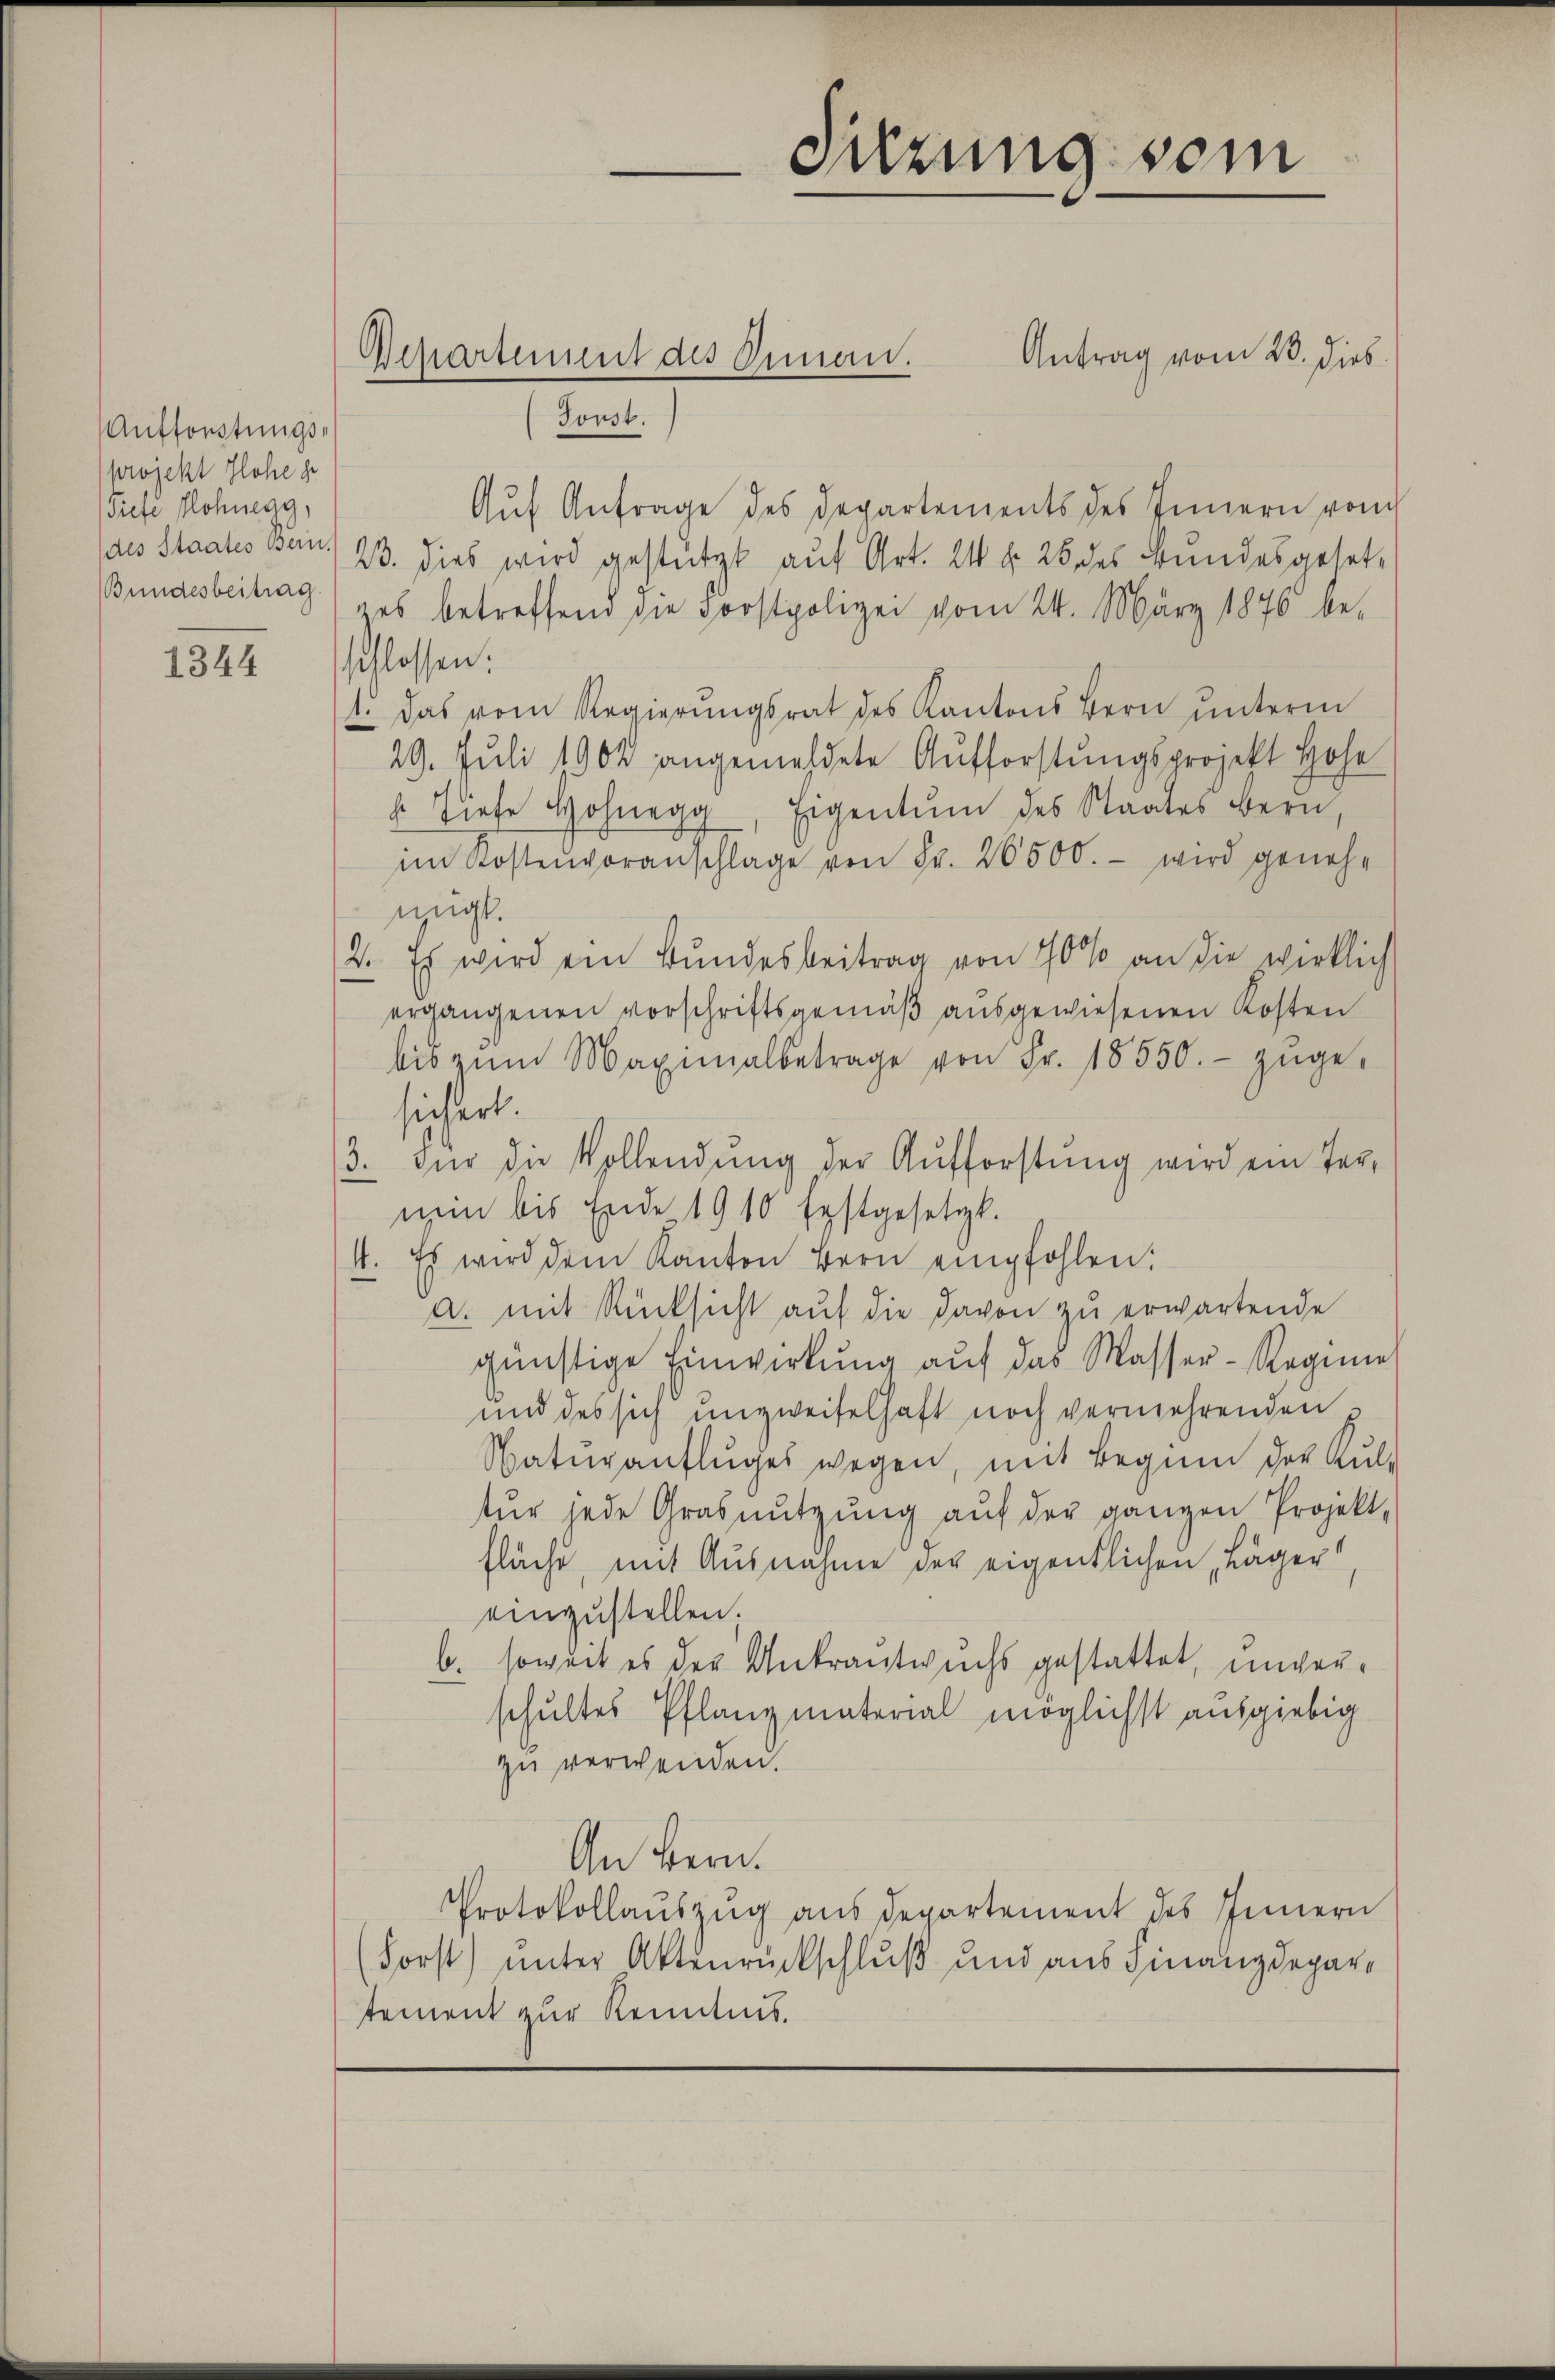
Aufforstungsprojekt Hohe ge
Tiefe Honegg,
(des Staates Bern.

1344

Antrag vom 23. dies
Forst.
Aŭf Anfrage des Departements des Innern von
23. dies wird gestützt auf Art. 24 f. 25 des Bundesgeset¬
Bundesbeitrag) „es betreffend die Forstpolizei vom 24. März 1876 be-
schlossen:
1. Das vom Regierŭngsrat des Kantons Bern ŭnterm
29. Juli 1904 angemeldete Aufforstungsprojekt Hohe
 Tiefe Honegg, Eigentum des Staates Bern,
im Kostenvoranschlage von Fr. 26500. - wird genehmigt.
2. Es wird ein Bundesbeitrag von 70 % an die wirklich
ergangenen Vorschriftsgemäß ausgewiesenen Kosten
bis zŭm Maximalbetrage von Fr. 18550.- zŭge-
sichert.
Für die Vollendung der Aufforstung wird ein Ter¬
3.
mein bis Ende 1910 Erstgesetzt.
Es wird dem Kanton Bern empfohlen:
.
—
a. mit Rücksicht aŭf die davon zu erwartende
günstige Einwirkung aŭf das Masser-Regime
und des sich unzweifelhaft noch vermehrenden
Natŭraŭflŭges wegen, mit Beginn der Kŭl-
tŭr jede Grasnŭtzŭng aŭf der ganzen Projekt,
fläche, mit Ausnahme der eigentlichen Läger
einzustellen.
b. soweit es der Unkrantwuchs gestattet, unverschultes Pflanzmaterial möglichst ausgiebig
zu verwenden.
An Bern.
Protokollauszug aus Departement des Innern
Forst) unter Aktenrückschluß und aus Finanzdepartement zur Kenntnis.

Departement des Innen.

Sitzung sein